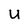
Character: U